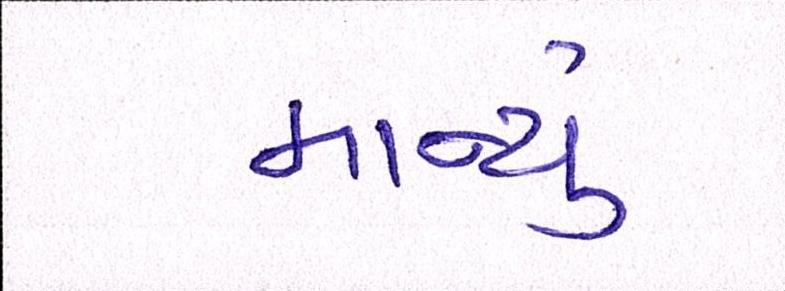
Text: માન્યું